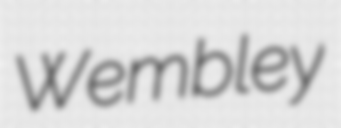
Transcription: Wembley